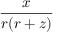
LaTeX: \frac { x } { r ( r + z ) }